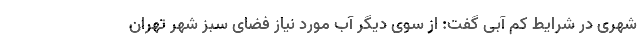
شهری در شرایط کم آبی گفت: از سوی دیگر آب مورد نیاز فضای سبز شهر تهران